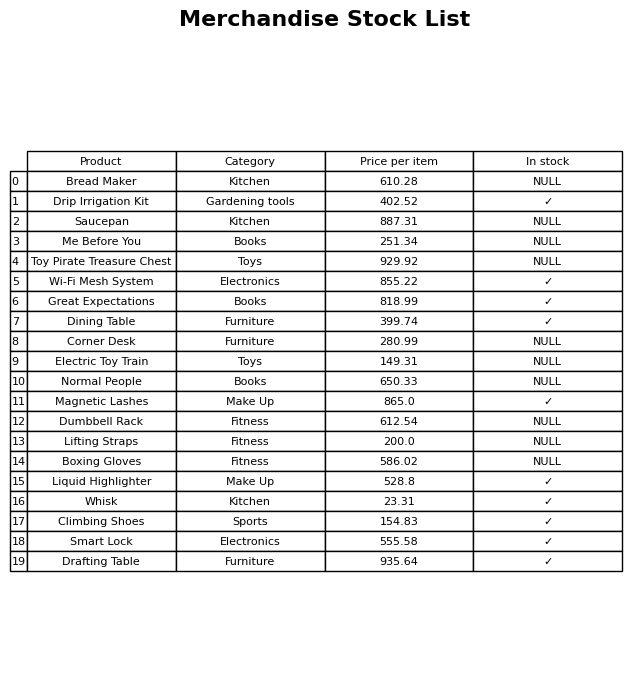
question: What is the price for Magnetic Lashes?
answer: The price of Magnetic Lashes is 865.0.